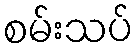
စမ်းသပ်